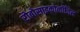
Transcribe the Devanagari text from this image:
रोबोसाइकोलॉजिस्ट